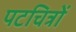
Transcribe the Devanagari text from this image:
पटचित्रों